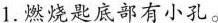
1.燃烧匙底部有小孔。